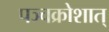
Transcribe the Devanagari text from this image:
पञ्चक्रोशात्